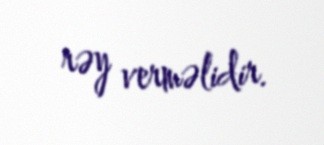
rəy verməlidir.